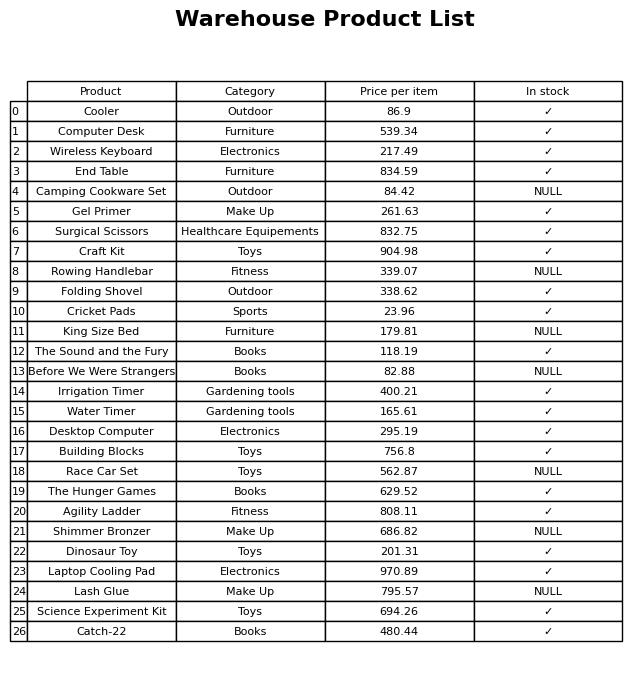
question: What is the price of the Building Blocks?
answer: The price of Building Blocks is 756.8.